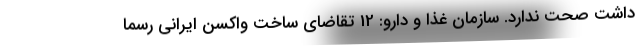
داشت صحت ندارد. سازمان غذا و دارو: 12 تقاضای ساخت واکسن ایرانی رسما